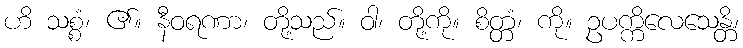
ဟိ သစ္စံ၊ ၏။ နီဝရဏာ၊ တို့သည်။ ဝါ၊ တို့ကို။ စိတ္တံ၊ ကို။ ဥပက္ကိလေသေန္တိ၊